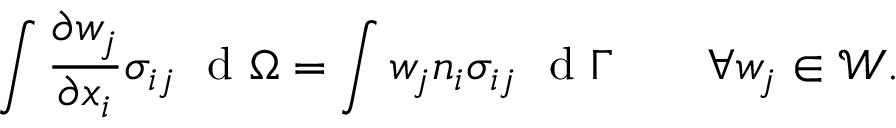
\int \frac { \partial w _ { j } } { \partial x _ { i } } \sigma _ { i j } ^ { \phantom { } } \ \mathrm { ~ d ~ } { \Omega } = \int w _ { j } n _ { i } \sigma _ { i j } ^ { \phantom { } } \ \mathrm { ~ d ~ } { \Gamma } \qquad \forall w _ { j } \in \boldsymbol { \mathcal { W } } .